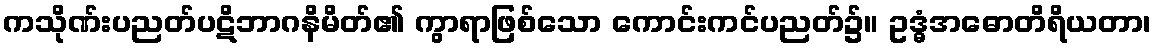
ကသိုဏ်းပညတ်ပဋိဘာဂနိမိတ်၏ ကွာရာဖြစ်သော ကောင်းကင်ပညတ်၌။ ဥဒ္ဓံအဓောတိရိယတာ၊